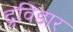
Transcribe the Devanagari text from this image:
द्रविडार